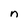
Character: n